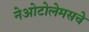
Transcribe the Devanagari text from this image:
नेओटोलेमसचे